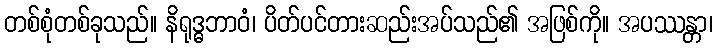
တစ်စုံတစ်ခုသည်။ နိရုဒ္ဓဘာဝံ၊ ပိတ်ပင်တားဆည်းအပ်သည်၏ အဖြစ်ကို။ အပဿန္တာ၊